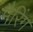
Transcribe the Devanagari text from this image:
मैरिंग